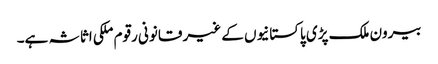
بیرون ملک پڑی پاکستانیوں کے غیر قانونی رقوم ملکی اثاثہ ہے۔